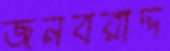
জনবরাদ্দ